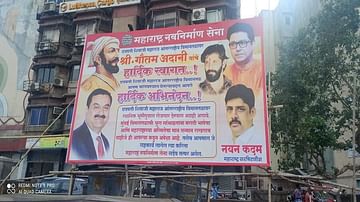
Language: marathi
Transcription: नयन गौतम हार्दिक स्वागत..! महाराष्ट्र नवनिर्माण कदम हार्दिक सेना अदानी अभिनंदन..!